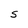
Character: S